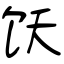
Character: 饫